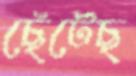
ছেঁটেছ